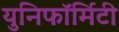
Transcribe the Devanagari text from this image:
युनिफॉर्मिटी